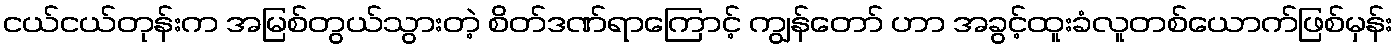
ငယ်ငယ်တုန်းက အမြစ်တွယ်သွားတဲ့ စိတ်ဒဏ်ရာကြောင့် ကျွန်တော် ဟာ အခွင့်ထူးခံလူတစ်ယောက်ဖြစ်မှန်း